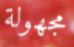
مجهولة